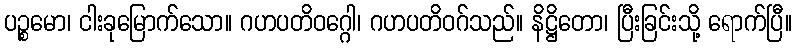
ပဉ္စမော၊ ငါးခုမြောက်သော။ ဂဟပတိဝဂ္ဂေါ၊ ဂဟပတိဝဂ်သည်။ နိဋ္ဌိတော၊ ပြီးခြင်းသို့ ရောက်ပြီ။